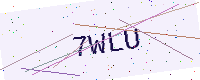
Text: 7WLU